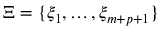
\Xi = \{ \xi _ { 1 } , \ldots , \xi _ { m + p + 1 } \}